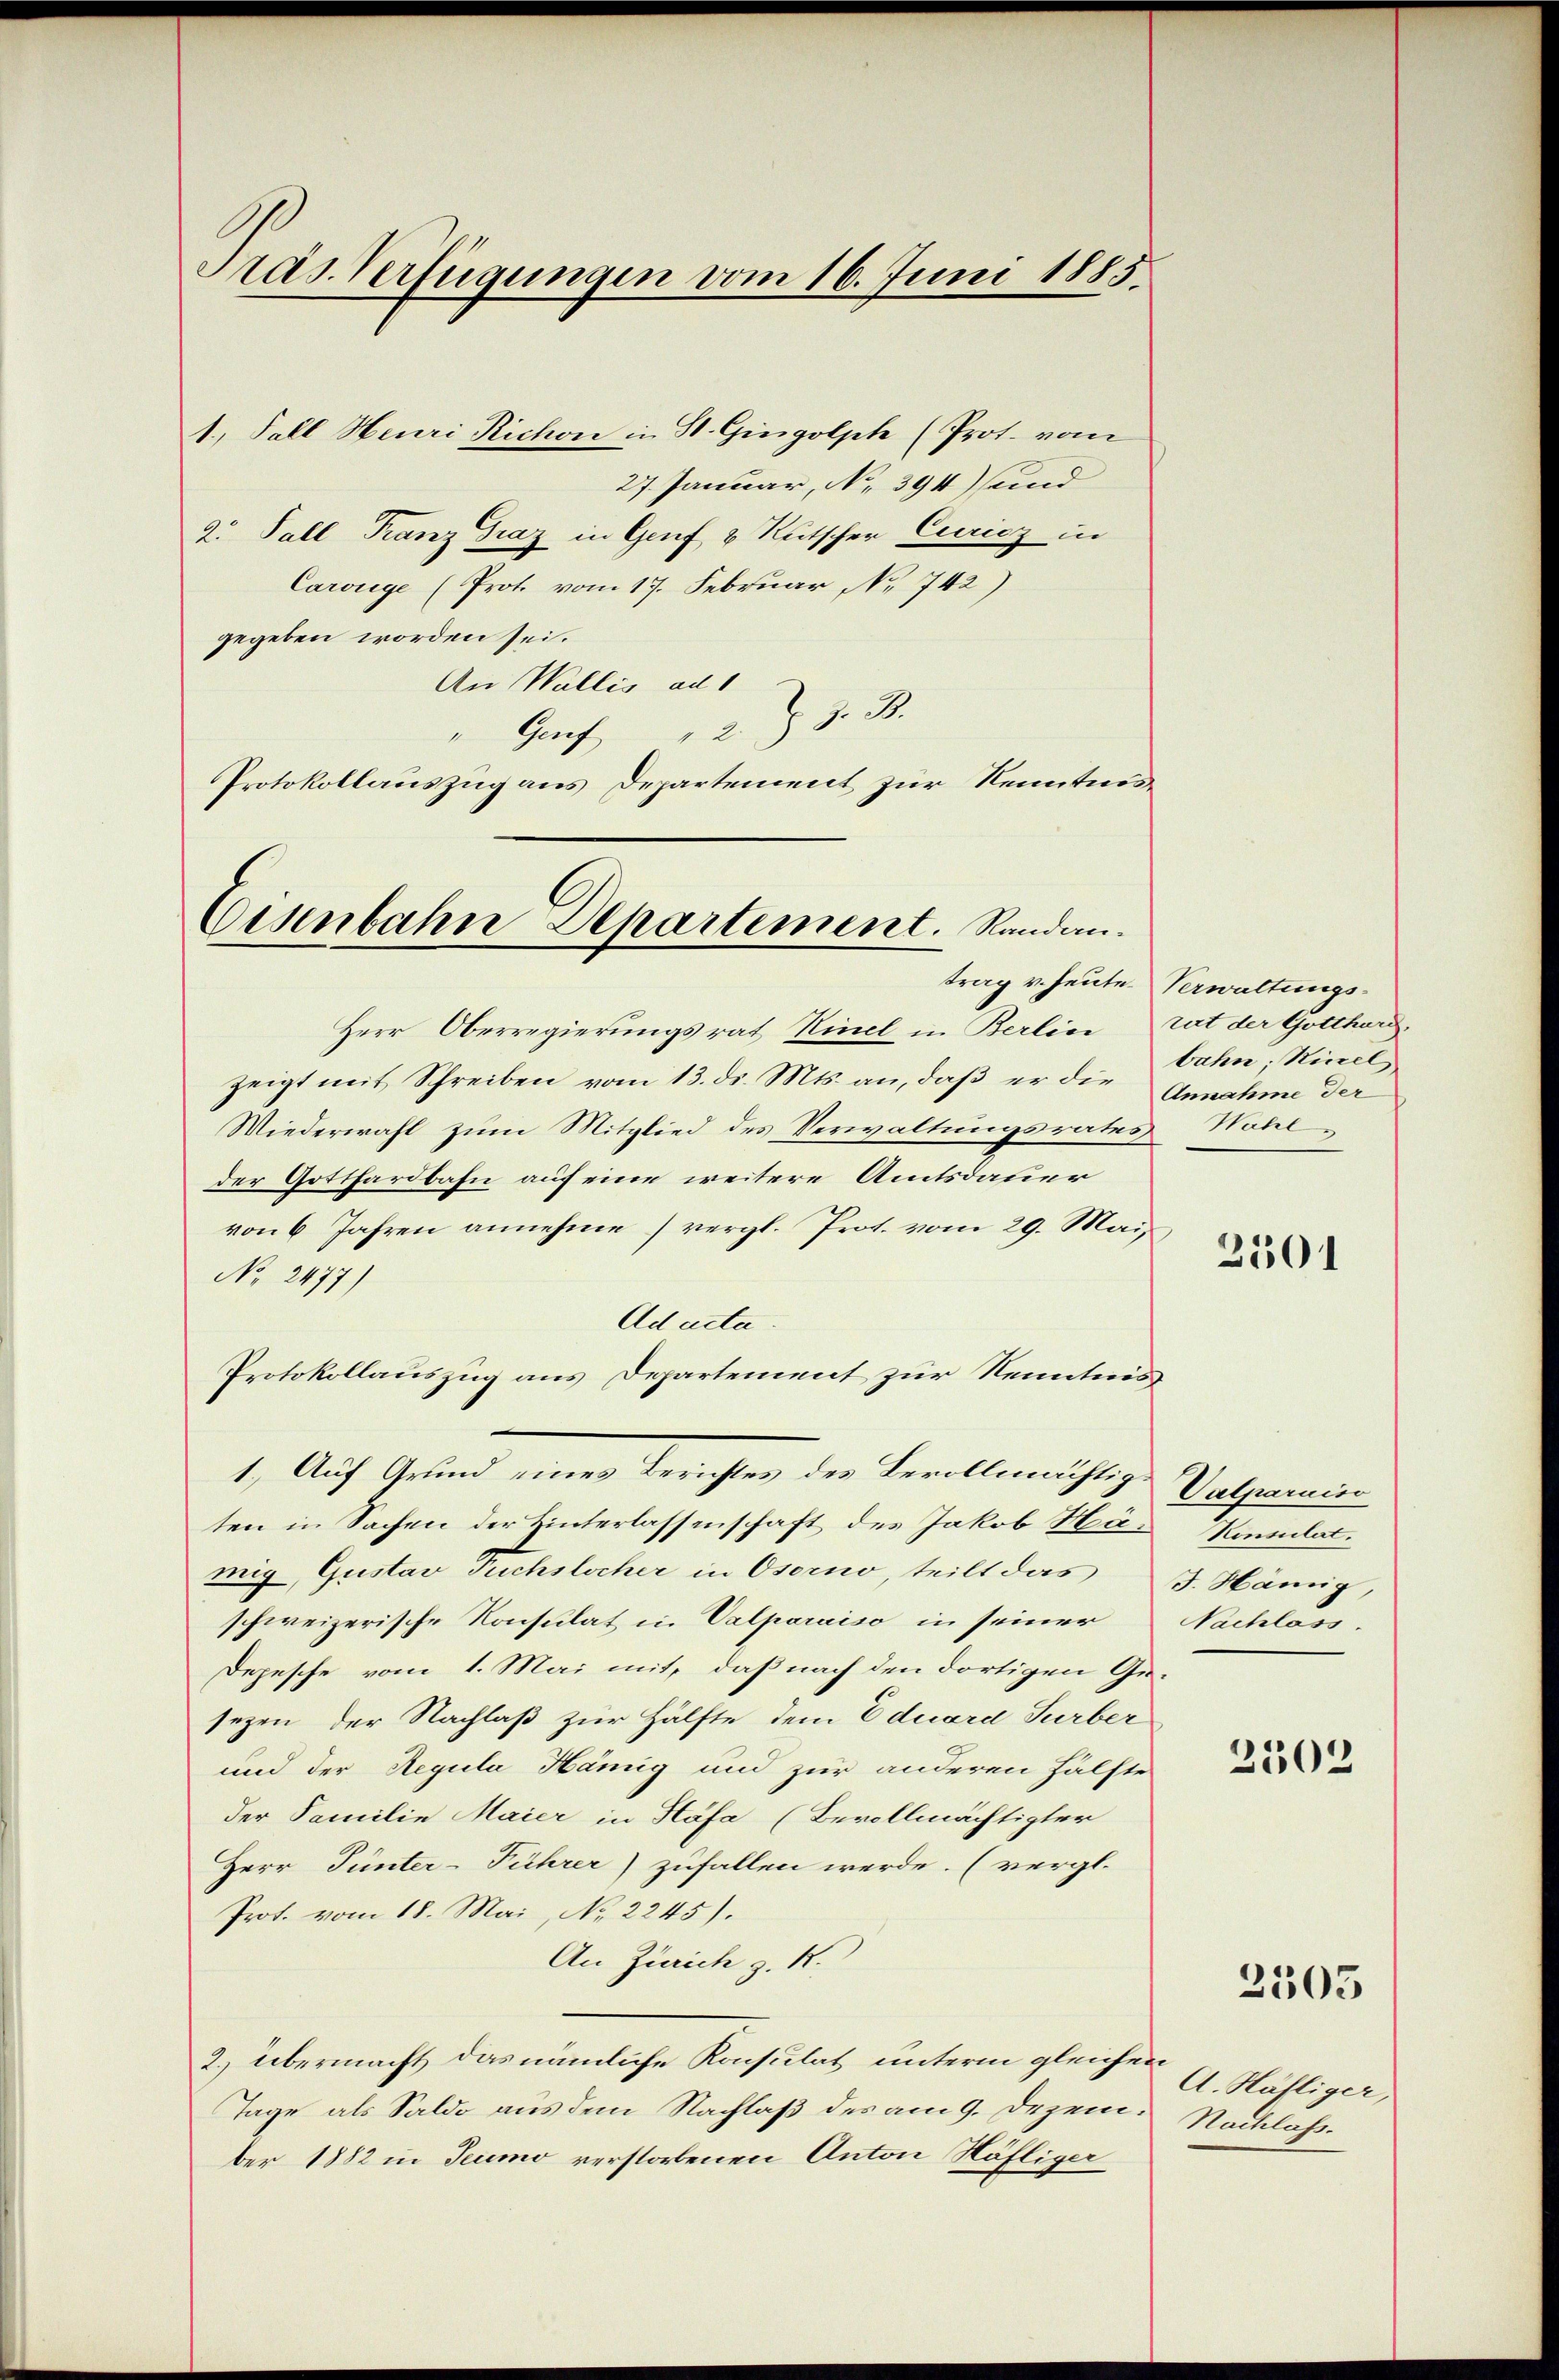
Pras Verfügungen vom 16. Juni 1885

1., Fall Heuri Richon in St. Gingolph (Prot. vom
27. Januar, No 394) und
2. Fall Franz Graz in Genf & Rutscher Curicz in
Carsiege (Prot. vom 17. Februar, No 742)
gegeben worden sei.
An Wallis ad
" Genf 28 J. B.
Protokollauszug aus Departement zur Kenntni

Eisenbahn Departement. Randan¬

Herr Oberregierungsrat Kindl in Berlin rat der Gotthard,
zeigt mit Schreiben vom 13. ds. Mts. an, daß er die
Wiederwahl zum Mitglied des Verwaltungsrates Wohlder Gotthardbahn auf eine weitere Amtsdauer
von 6 Jahren annehme) vergl. Prot. vom 29. Mai,
No 2477)
Ad acta.
Protokollauszug aus Departement zur Kenntnis
1. Auf Grund einer Berichtes des Bevollmächtige Valparnie
ten in Sachen der Hinterlassenschaft des Jakob Hasenmat
mig, Gustav Tuchslocher in Osorno, teilt das J. Hämig,
schweizerische Konsulat in Valparaiso in seiner Nachlass
Depesche vom 1. Mai mit, daß nach den dortigen Gesezen der Nachlaß zur Hälfte dem Eduard Surber
und der Regula Hämig und zur anderen Hälfte
der Familie Maier in Häfa (Bevollmächtigter
Herr Tunter-Führer) zufallen werde. (vergl.
Prot. vom 18. Mai, No 2245).
An Zürich z. R.
2) übermacht das nämliche Konsulat unterm gleichen
Tage als Saldo aus dem Nachlaß des am 9. Dezember 1882 in Teumo verstorbenen Anton Höfliger

trag v. heute Verwaltungsbahn; Rinel
Annahme der

2501

2502

2505

A. Häfliger,
Nachlass